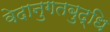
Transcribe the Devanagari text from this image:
वेदानुगतबुद्धि